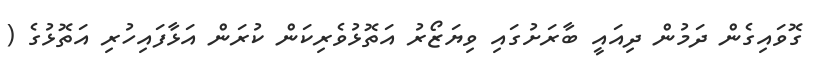
ގޮވައިގެން ދަމުން ދިއައީ ބާރަށުގައި ވިޔަޒޯރު އަތޮޅުވެރިކަން ކުރަން އަޅާފައިހުރި އަތޮޅުގެ (